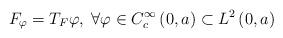
LaTeX: \begin{align*}F_{\varphi}=T_{F}\varphi,\;\forall\varphi\in C_{c}^{\infty}\left(0,a\right)\subset L^{2}\left(0,a\right)\end{align*}